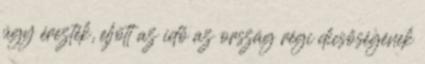
úgy érezték, eljött az idő az ország régi dicsőségének